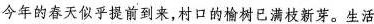
今年的春天似乎提前到来，村口的榆树已满枝新芽。生活